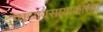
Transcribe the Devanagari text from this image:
दुग्धव्यवसायाकरिता